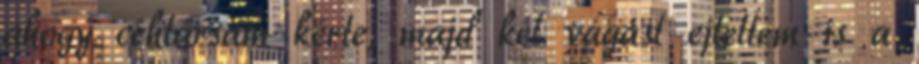
ahogy céhtársam kérte, majd két vágást ejtettem is a